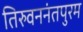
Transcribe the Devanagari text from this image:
तिरुवननंतपुरम